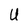
Character: U